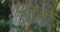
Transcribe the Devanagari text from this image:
खोज़ों